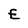
Character: E